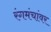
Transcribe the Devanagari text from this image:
रंगमंचांवर